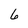
Character: 6